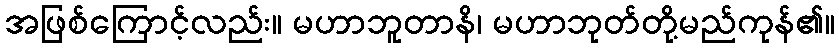
အဖြစ်ကြောင့်လည်း။ မဟာဘူတာနိ၊ မဟာဘုတ်တို့မည်ကုန်၏။